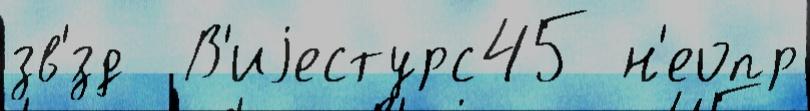
зв'́зд  В'иjестурс45 н'еопр